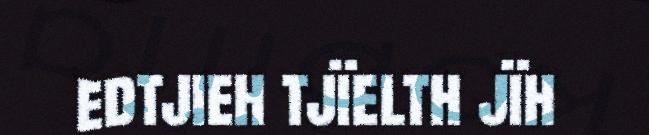
edtjieh tjïelth jïh